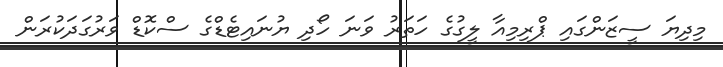
މިިދިޔަ ސީޒަންގައި ޕްރިމިއާ ލީގުގެ ހަތަރު ވަނަ ހޯދި ޔުނައިޓެޑްގެ ސްކޮޑް ވަރުގަދަކުރަން